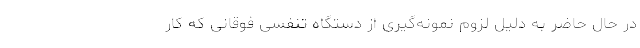
در حال حاضر به دلیل لزوم نمونه‌گیری از دستگاه تنفسی فوقانی که کار